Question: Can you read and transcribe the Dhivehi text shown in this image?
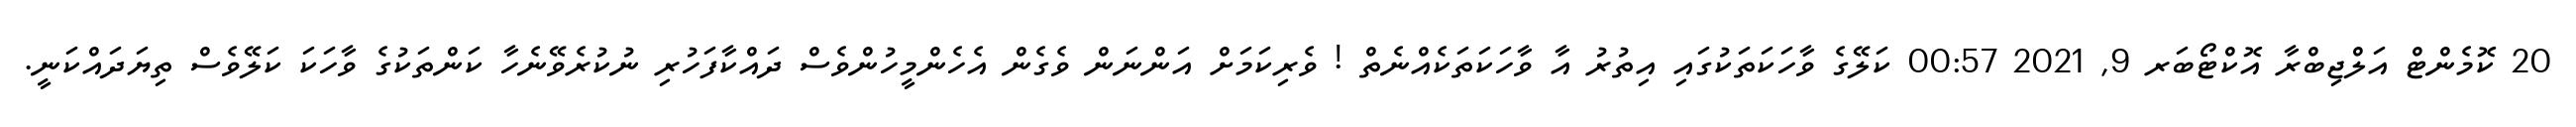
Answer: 20 ކޮމެންޓް އަލްޖިބްރާ އޮކްޓޯބަރ 9, 2021 00:57 ކަލޭގެ ވާހަކަތަކުގައި އިތުރު އާ ވާހަކަތަކެއްނެތް ! ވެރިކަމަށް އަންނަން ވެގެން އެހެންމީހުންވެސް ދައްކާފަހުރި ނުކުރެވޭނެހާ ކަންތަކުގެ ވާހަކަ ކަލޭވެސް ތިޔަދައްކަނީ.